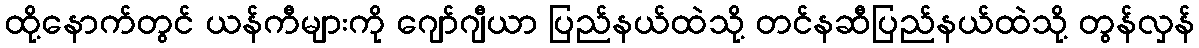
ထို့နောက်တွင် ယန်ကီများကို ဂျော်ဂျီယာ ပြည်နယ်ထဲသို့ တင်နဆီပြည်နယ်ထဲသို့ တွန်လှန်